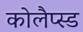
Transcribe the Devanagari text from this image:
कोलैप्स्ड